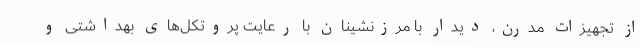
از تجهیزات مدرن، دیدار با مرزنشینان با رعایت پروتکل‌های بهداشتی و